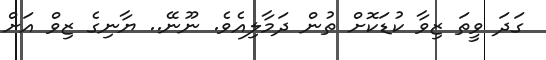
ގަދަ ވީތަ ޒިވާ ކުޑަކޮށް ތުން ދަމާލިއެވެ. ނޫނޭ.. ޔާނިގެ ޒިވް އަށް